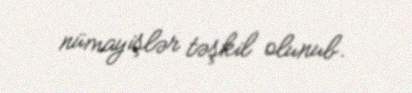
nümayişlər təşkil olunub.